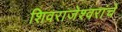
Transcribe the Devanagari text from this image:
शिवराजेश्वरांचे